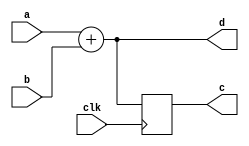
module always_behavior(
    input clk,

    input [7:0]a,
    input [7:0]b,

    output reg[7:0]c,
    output reg[7:0]d
);
    always@(posedge clk)begin
        c <= a + b;
    end
    always @(a or b) begin
        d = a + b;
    end
    endmodule